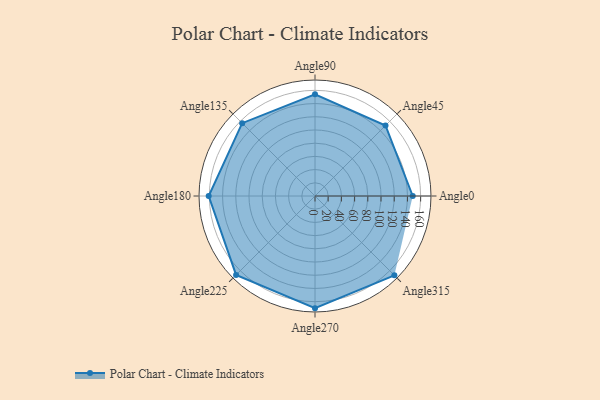
{"axis": {"x": "Angle", "y": "Radius"}, "legend": [""], "data": [{"x": "Angle0", "y": 148.0, "type": ""}, {"x": "Angle45", "y": 151.0, "type": ""}, {"x": "Angle90", "y": 154.0, "type": ""}, {"x": "Angle135", "y": 156.0, "type": ""}, {"x": "Angle180", "y": 161.0, "type": ""}, {"x": "Angle225", "y": 169.0, "type": ""}, {"x": "Angle270", "y": 170, "type": ""}, {"x": "Angle315", "y": 170, "type": ""}]}